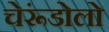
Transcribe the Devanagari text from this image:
चेरूंडोलो